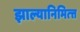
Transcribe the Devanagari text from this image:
झाल्यानिमित्त्त